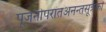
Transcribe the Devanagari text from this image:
पूजनोपरांतअनन्तसूत्रको